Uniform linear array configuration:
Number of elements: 24
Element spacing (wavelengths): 0.5
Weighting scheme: cosine
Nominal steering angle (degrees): -45
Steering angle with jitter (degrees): -45.009
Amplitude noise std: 0.05
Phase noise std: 0.05

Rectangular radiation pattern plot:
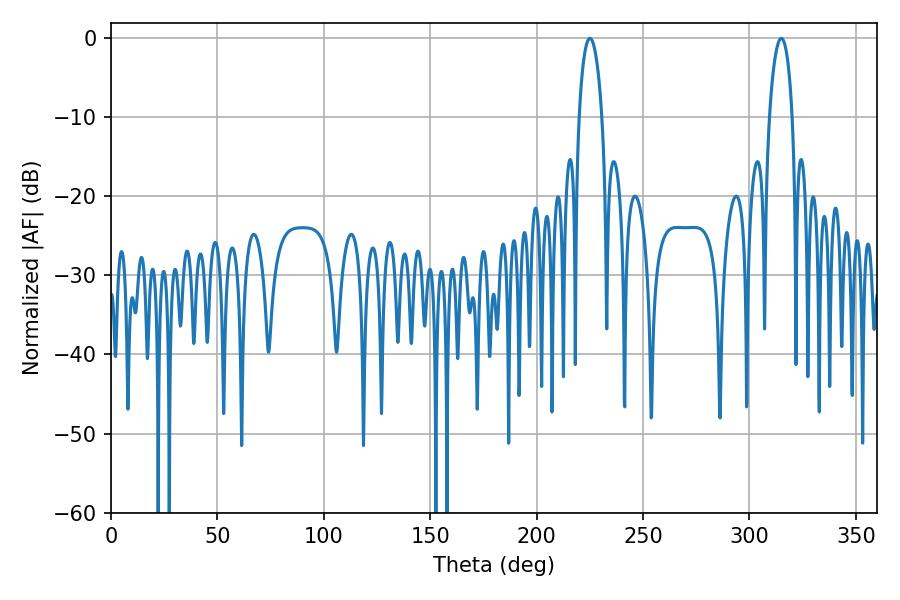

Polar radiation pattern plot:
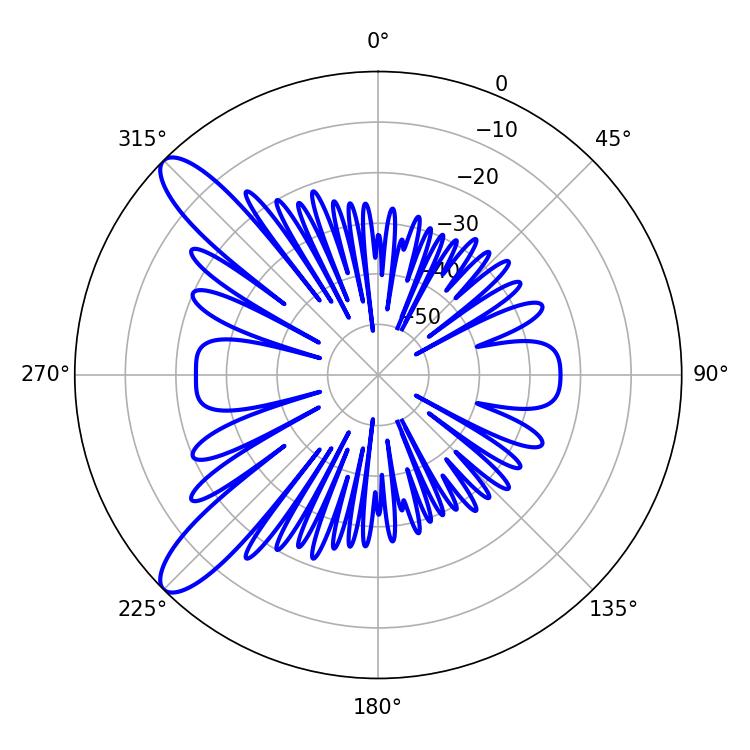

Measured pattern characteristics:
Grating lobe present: FALSE
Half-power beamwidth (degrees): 6.12
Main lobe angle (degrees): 225